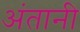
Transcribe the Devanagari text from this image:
अंतानी